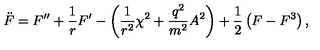
\ddot { F } = F ^ { \prime \prime } + \frac { 1 } { r } F ^ { \prime } - \left( \frac { 1 } { r ^ { 2 } } \chi ^ { 2 } + \frac { q ^ { 2 } } { m ^ { 2 } } A ^ { 2 } \right) + \frac { 1 } { 2 } \left( F - F ^ { 3 } \right) ,